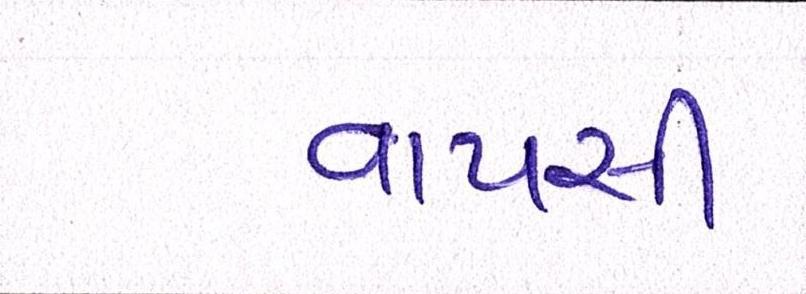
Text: વાપસી